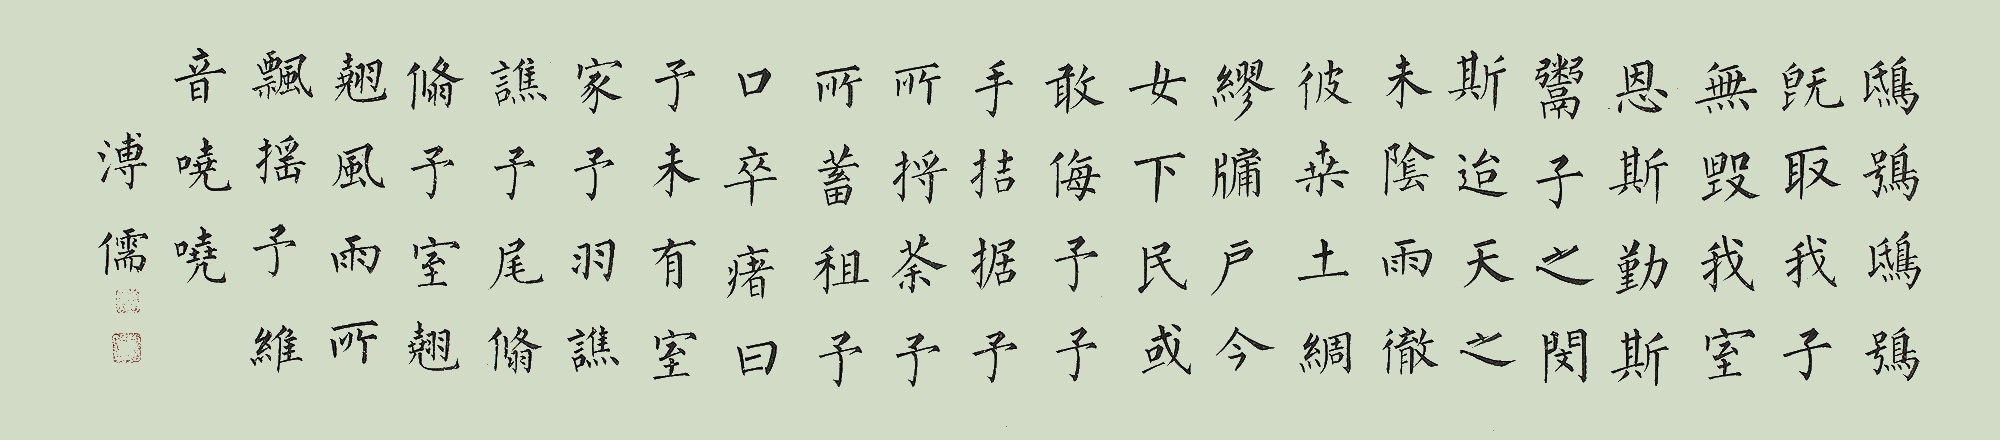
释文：鸱鸮鸱鸮，既取我子，无毁我室。恩斯勤斯，鬻子之闵斯。迨天之未阴雨，彻彼桑土，绸缪牖户。今女下民，或敢侮予。予手拮据，予所捋荼。予所蓄租，予口卒瘏，曰予未有室家。予羽谯谯，予尾翛翛，予室翘翘。风雨所漂摇，予维音哓哓。溥儒。